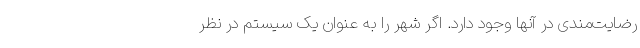
رضایت‌مندی در آنها وجود دارد. اگر شهر را به عنوان یک سیستم در نظر